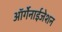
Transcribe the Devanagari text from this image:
ऑर्गेनाईजेशन